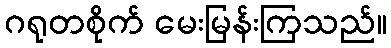
ဂရုတစိုက် မေးမြန်းကြသည်။